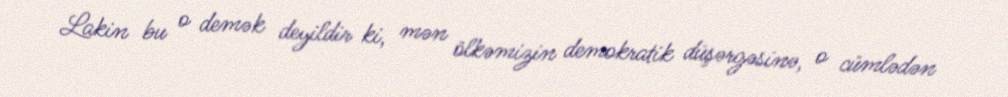
Lakin bu o demək deyildir ki, mən ölkəmizin demokratik düşərgəsinə, o cümlədən